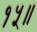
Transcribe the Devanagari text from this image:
१५॥